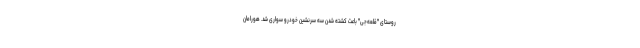
روستای "قلعه‌جی" باعث کشته شدن سه سرنشین خودرو سواری شد. هورامان